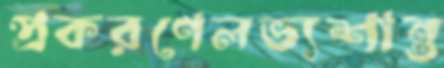
প্রকরণেলভ্যশান্ত